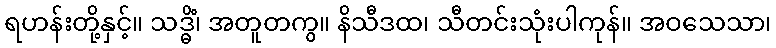
ရဟန်းတို့နှင့်။ သဒ္ဓိံ၊ အတူတကွ။ နိသီဒထ၊ သီတင်းသုံးပါကုန်။ အဝသေသာ၊